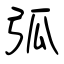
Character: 弧